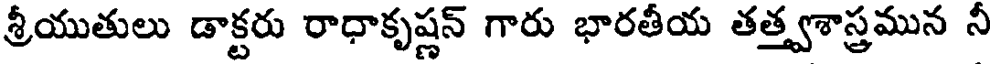
శ్రీయుతులు డాక్టరు రాధాకృష్ణన్ గారు భారతీయ తత్త్వశాస్త్రమున నీ